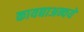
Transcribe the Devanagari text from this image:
कायद्याअन्वये